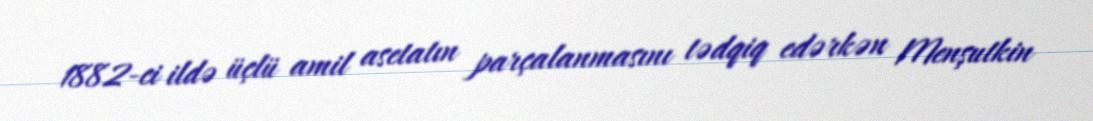
1882-ci ildə üçlü amil asetatın parçalanmasını tədqiq edərkən Menşutkin